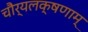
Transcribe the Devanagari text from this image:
चौर्यलक्षणाम्